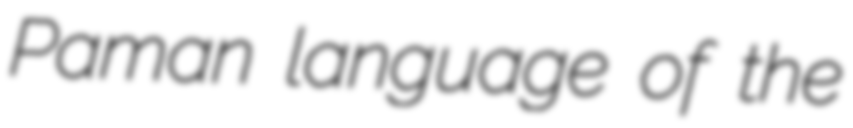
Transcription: Paman language of the